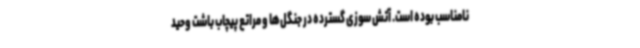
نامناسب بوده است. آتش سوزی گسترده در جنگل‌ها و مراتع پیچاب باشت وحید